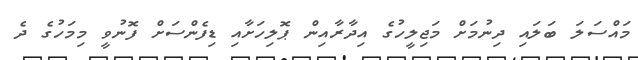
މައްސަލަ ބަލައި ދިނުމަށް މަޖިލީހުގެ އިދާރާއިން ޕޮލިހަށާއި ޑިފެންސަށް ފޮނުވީ މިމަހުގެ ދެ